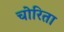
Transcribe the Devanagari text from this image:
चोरिता